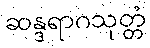
ဆန္ဒရာဂသုတ္တံ